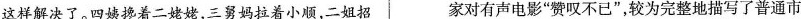
这样解决了。四姨搀着二姥姥，三舅妈拉着小顺，二姐招 家对有声电影“赞叹不已”，较为完整地描写了普通市